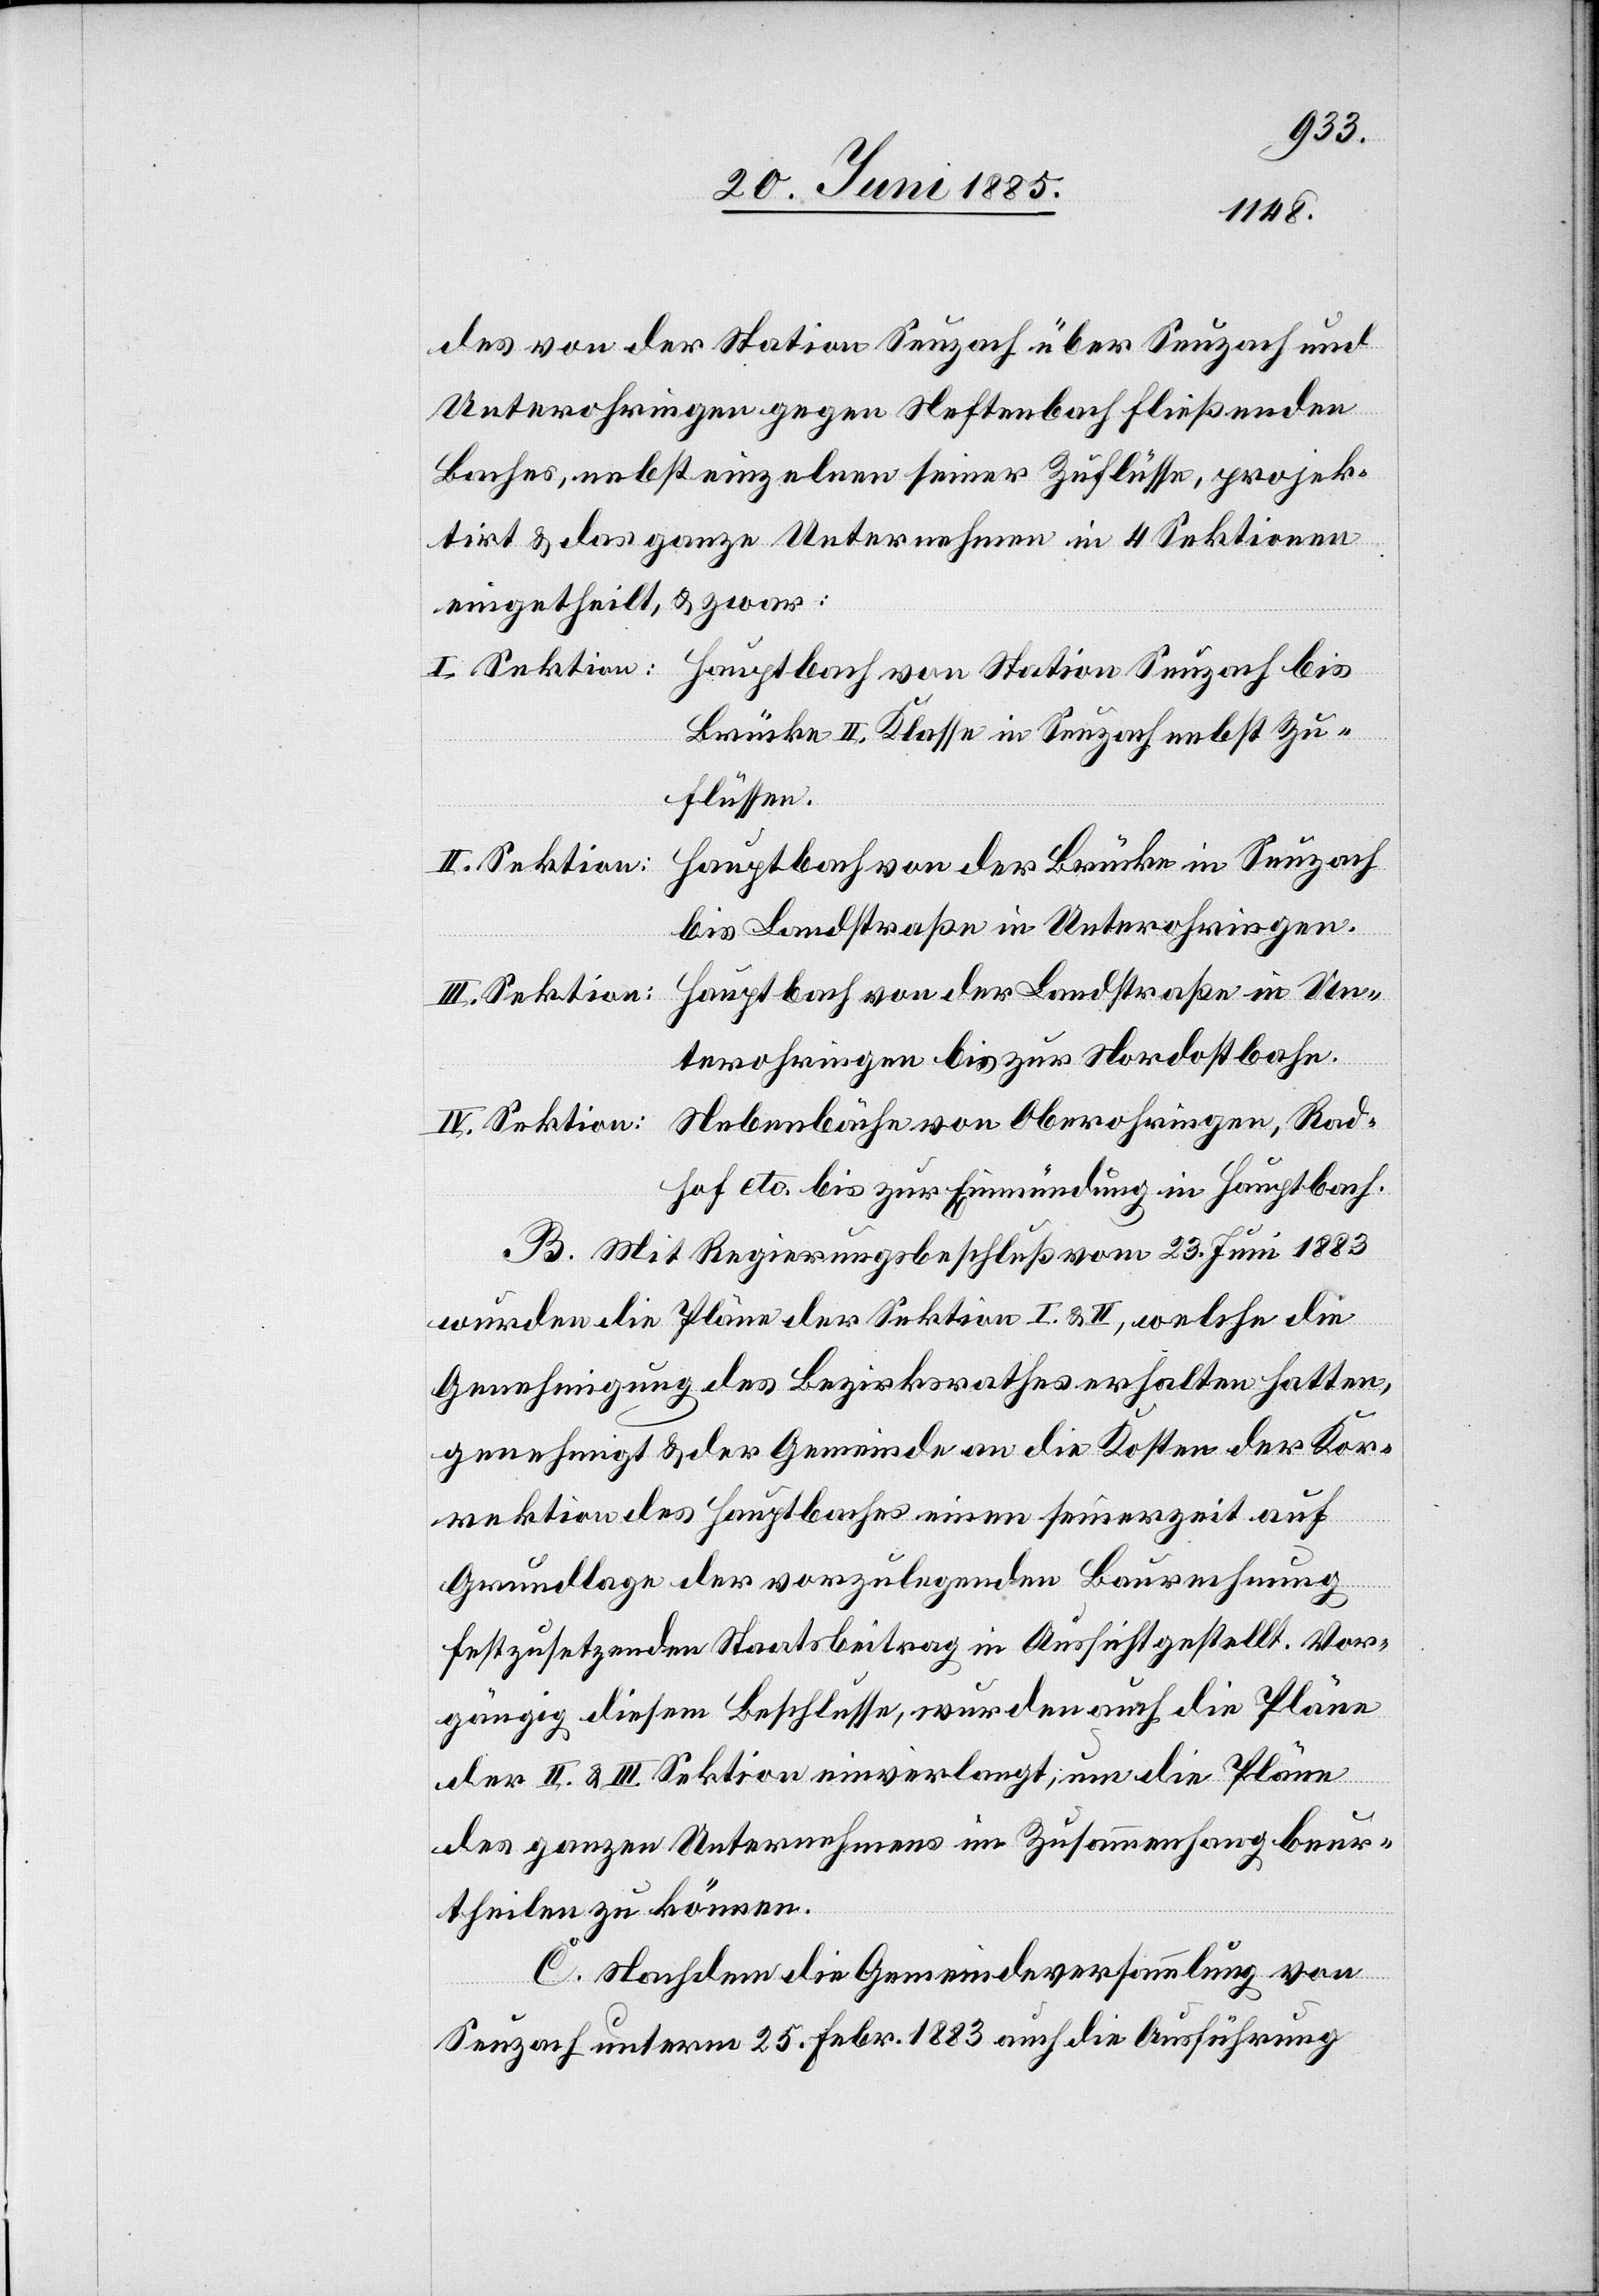
des von der Station Seuzach über Seuzach und
Unterohringen gegen Neftenbach fließenden
Baches, nebst einzelnen seiner Zuflüsse, projek¬
tirt & das ganze Unternehmen in 4 Sektionen
eingetheilt, & zwar:
I. Sektion:
Hauptbach von Station Seuzach bis
Brücke II. Klasse in Seuzach nebst Zu¬
flüssen.
Hauptbach von der Brücke in Seuzach
bis Landstraße in Unterohringen.
Hauptbach von der Landstraße in Un¬
IV. Sektion:
terohringen bis zur Nordostbahn.
Nebenbäche von Oberohringen, Rad¬
hof ect. bis zur Einmündung in Hauptbach.
B. Mit Regierungsbeschluß vom 23. Juni 1883
wurden die Pläne der Sektion I & II, welche die
Genehmigung des Bezirksrathes erhalten hatten,
genehmigt & der Gemeinde an die Kosten der Kor¬
rektion des Hauptbaches einen seinerzeit auf
Grundlage der vorzulegenden Baurechnung
festzusetzenden Staatsbeitrag in Aussicht gestellt. Vor¬
gängig diesem Beschlusse, wurden auch die Pläne
der II. & III. Sektion einverlangt, um die Pläne
des ganzen Unternehmens im Zusammenhang beur¬
theilen zu können.
C. Nachdem die Gemeindeversammlung von
Seuzach unterm 25. Febr. 1883 auch die Ausführung